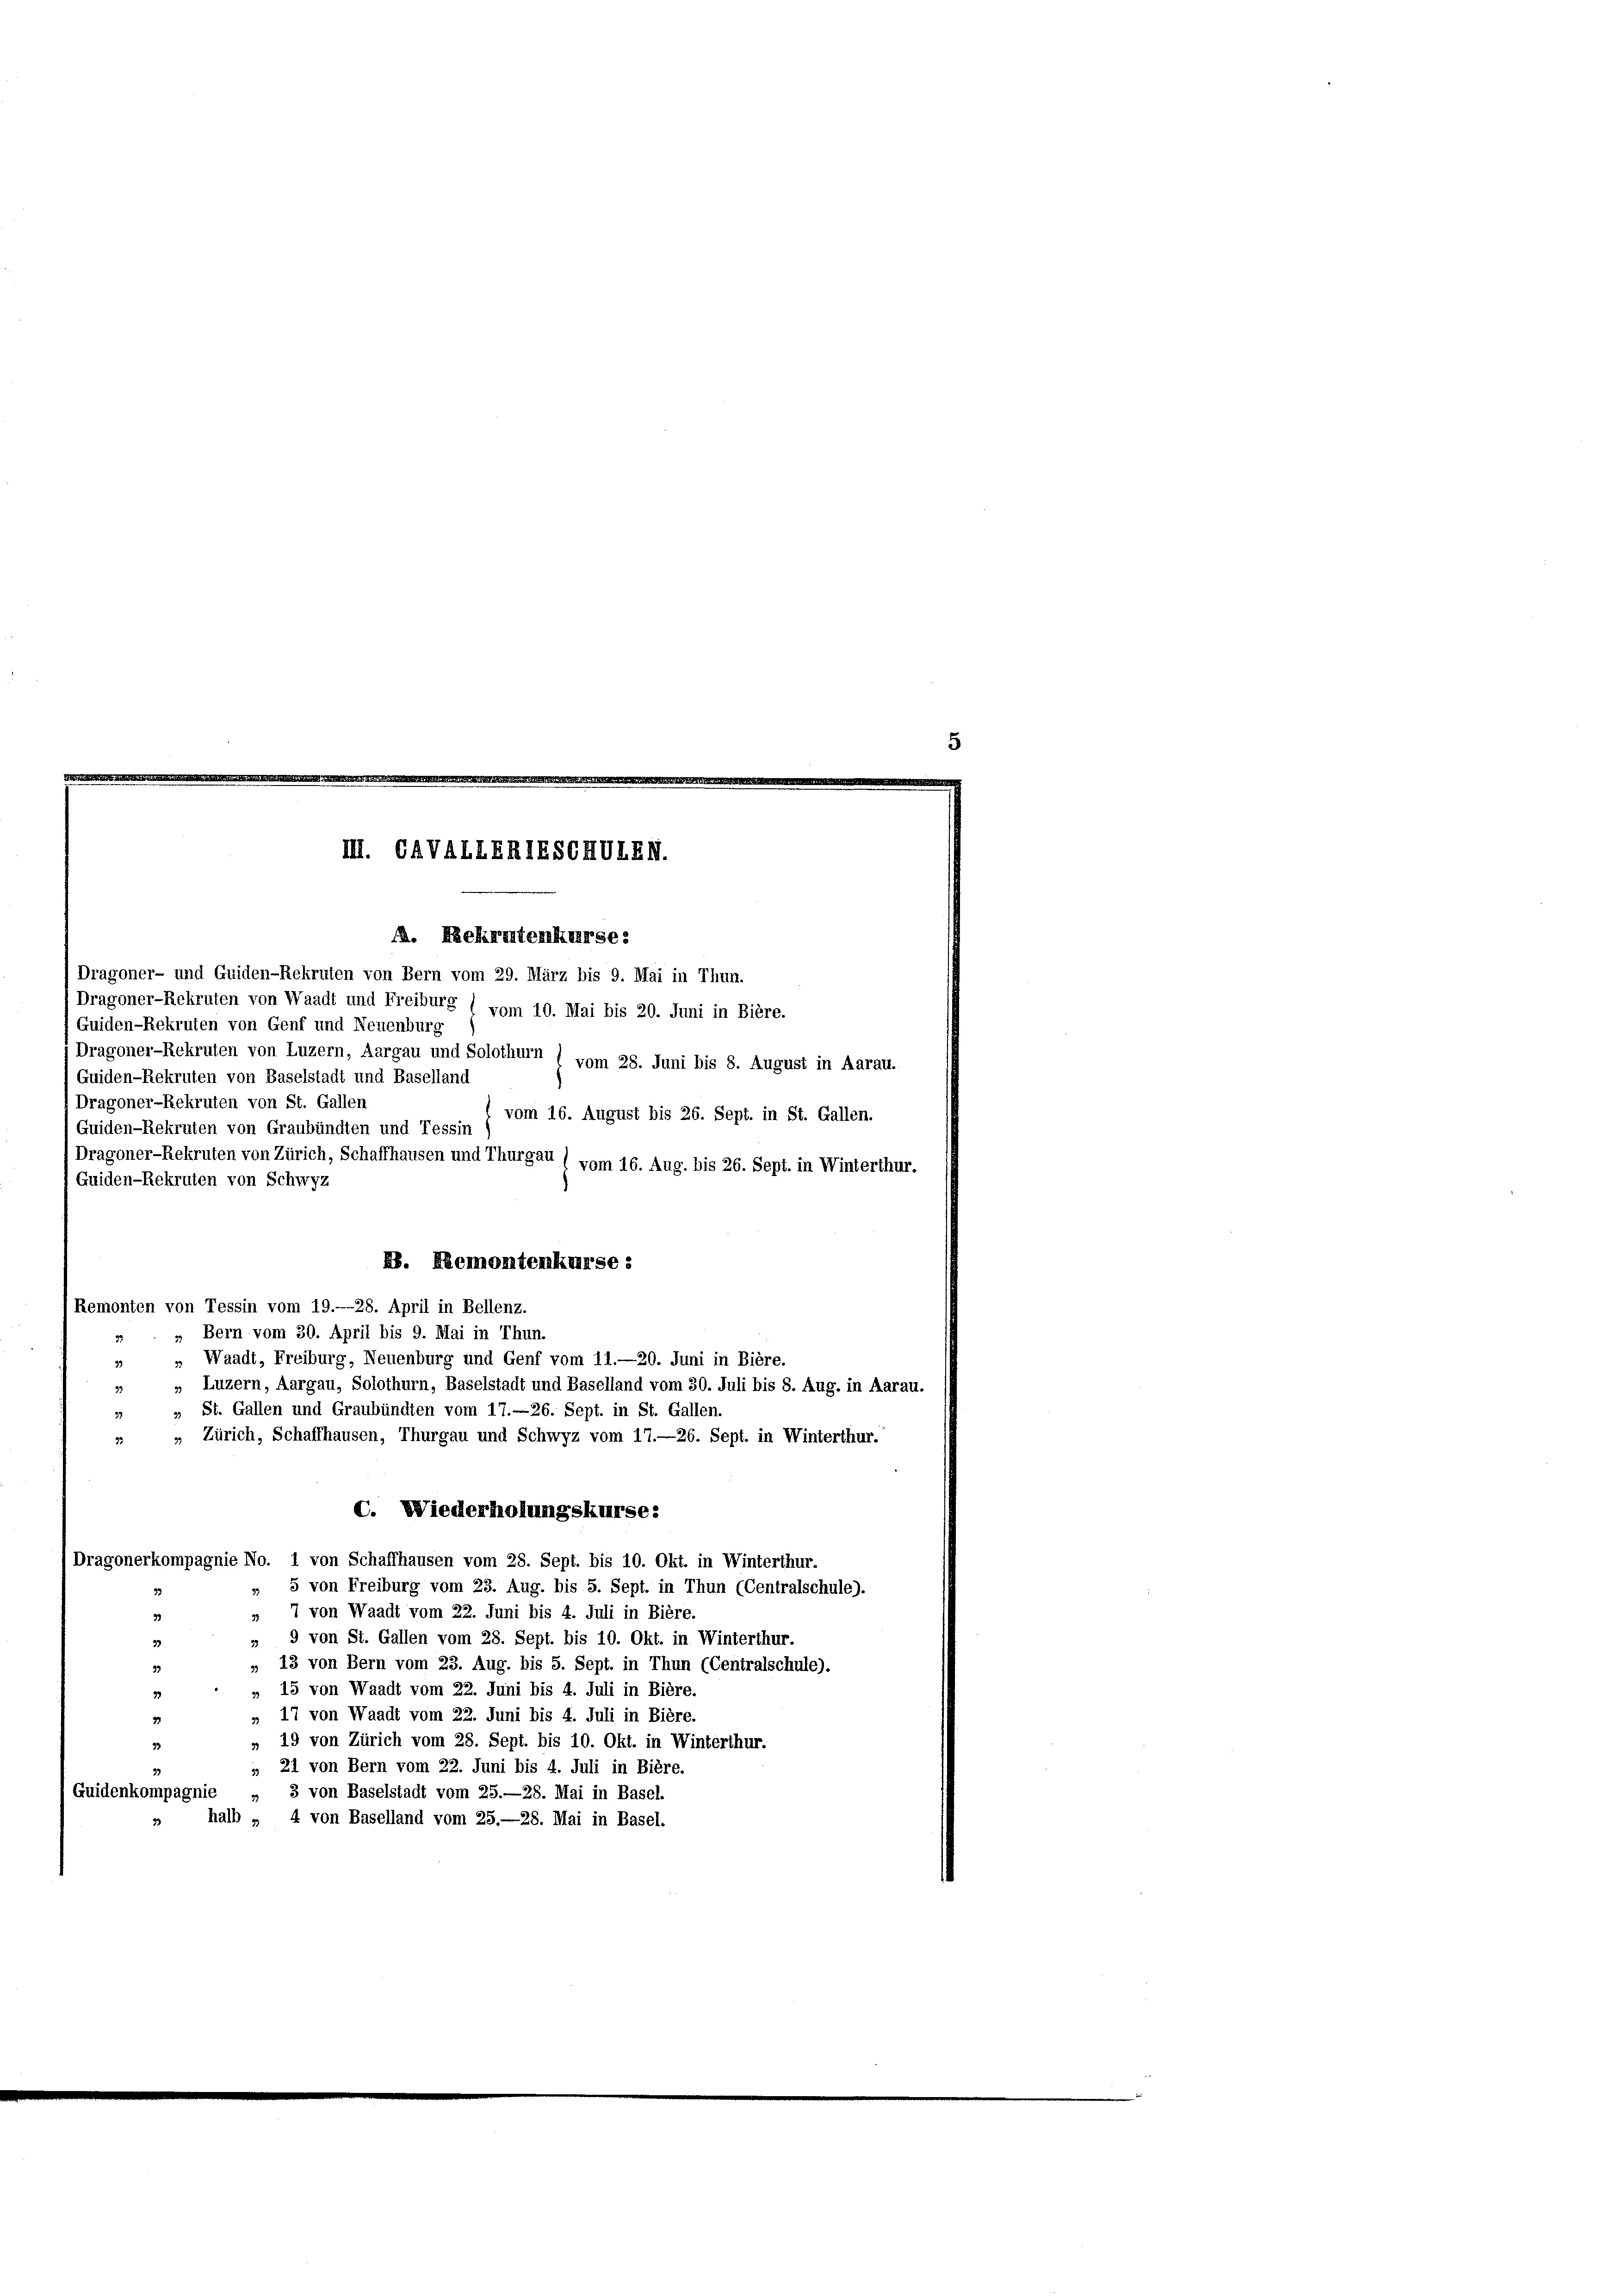
III. CAVALLERIESCHVIEM.

A. Rekrutenkurse
Dragoner- und Guiden-Rekruten von Bern vom 29. März bis 9. Mai in Thun.
Dragoner-Rekruten von Waadt und Freiburg ( vom 10. Mai bis 20. Juni in Bière.
Guiden-Rekruten von Genf und Neuenburg
Dragoner-Rekruten von Luzern, Aargau und Solothurn ( vom 28. Juni bis 8. August in Aarau.
(Guiden-Rekruten von Baselstadt und Baselland
Dragoner-Rekruten von St. Gallen
vom 16. August bis 26. Sept. in St. Gallen.
Guiden-Rekruten von Graubünden und Tessin )
Dragoner-Rekruten von Zürich, Schaffhausen und Thurgau ( vom 16. Aug. bis 26. Sept. in Winterthur.
(Guiden-Rekruten von Schwyz
B. Remontenkurse:
Remonten von Tessin vom 19.—28. April in Bellenz.
Bern vom 30. April bis 9. Mai in Thun.
„ Waadt, Freiburg, Neuenburg und Genf vom 11.—20. Juni in Bière.
39
» Luzern, Aargau, Solothurn, Baselstadt und Baselland vom 30. Juli bis 8. Aug. in Aarau.
33
St. Gallen und Graubünden vom 17.—26. Sept. in St. Gallen.
33
» Zürich, Schaffhausen, Thurgau und Schwyz vom 17.—26. Sept. in Winterthur.
33
C. Wiederholungskurse:
)Dragonerkompagnie No. 1 von Schaffhausen vom 28. Sept. bis 10. Okt. in Winterthur.
» 5 von Freiburg vom 23. Aug. bis 5. Sept. in Thun (Centralschule).
» 7 von Waadt vom 22. Juni bis 4. Juli in Bière.
» 9 von St. Gallen vom 28. Sept. bis 10. Okt. in Winterthur.
» 13 von Bern vom 23. Aug. bis 5. Sept. in Thun (Centralschule).
» 15 von Waadt vom 22. Juni bis 4. Juli in Bière.
» 17 von Waadt vom 22. Juni bis 4. Juli in Bière.
» 19 von Zürich vom 28. Sept. bis 10. Okt. in Winterthur.
» 21 von Bern vom 22. Juni bis 4. Juli in Bière.
3 von Baselstadt vom 25.—28. Mai in Basel.
1 Guidenkompagnie
» halb „ 4 von Baselland vom 25.—28. Mai in Basel.